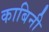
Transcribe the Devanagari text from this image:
काबिनी